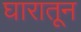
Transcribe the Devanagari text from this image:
घारातून